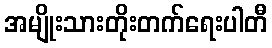
အမျိုးသားတိုးတက်ရေးပါတီ